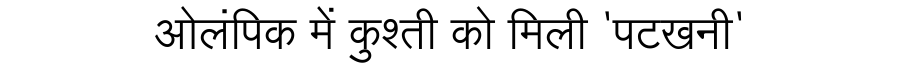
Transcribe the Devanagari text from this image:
ओलंपिक में कुश्ती को मिली 'पटखनी'